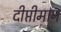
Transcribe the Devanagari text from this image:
दीप्तीमान